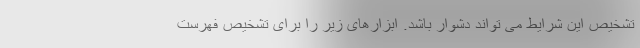
تشخیص این شرایط می تواند دشوار باشد. ابزارهای زیر را برای تشخیص فهرست